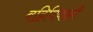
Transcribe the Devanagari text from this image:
बहिविवाही